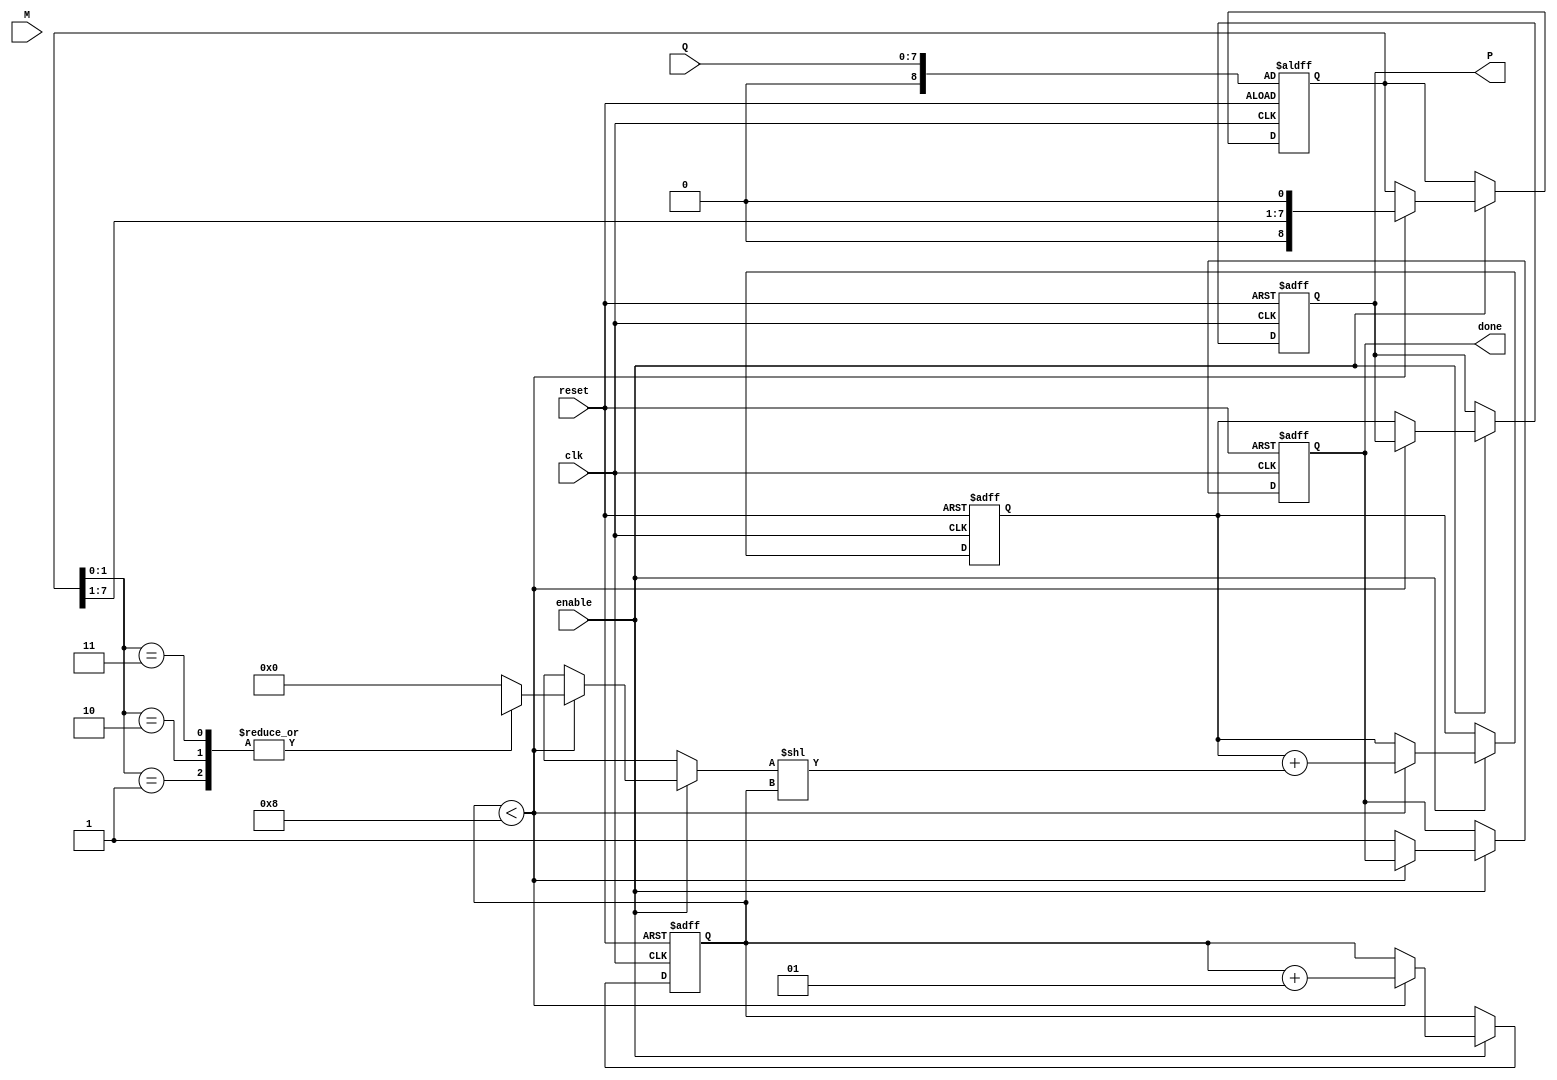
module modified_booth_multiplier #(
    parameter WIDTH = 8 // Width of the multiplicand and multiplier
)(
    input  wire clk,
    input  wire reset,
    input  wire enable,
    input  wire signed [WIDTH-1:0] M, // Multiplicand
    input  wire signed [WIDTH-1:0] Q, // Multiplier
    output reg signed [2*WIDTH-1:0] P, // Product
    output reg done // Status signal for completion
);

    reg signed [WIDTH-1:0] M_reg;
    reg signed [WIDTH:0] Q_reg; // Q with an extra bit for Booth encoding
    reg signed [2*WIDTH-1:0] partial_product;
    reg [2*WIDTH-1:0] accumulator;
    integer count;

    // Booth encoding logic
    always @(posedge clk or posedge reset) begin
        if (reset) begin
            P <= 0;
            done <= 0;
            partial_product <= 0;
            accumulator <= 0;
            count <= 0;
            Q_reg <= {1'b0, Q}; // Extend Q with an extra bit for Booth encoding
        end else if (enable) begin
            if (count < WIDTH) begin
                case ({Q_reg[1:0]}) // Look at Q[1:0] for Booth encoding
                    3'b001: partial_product = M_reg; // Q[i] = 01
                    3'b010: partial_product = M_reg; // Q[i] = 10
                    3'b011: partial_product = M_reg; // Q[i] = 11
                    3'b100: partial_product = -M_reg; // Q[i] = 10
                    3'b101: partial_product = -M_reg; // Q[i] = 01
                    3'b110: partial_product = -M_reg; // Q[i] = 00
                    default: partial_product = 0; // No operation
                endcase
                
                // Accumulate the partial product
                accumulator = accumulator + (partial_product << count);
                Q_reg = {Q_reg[WIDTH-1:1], 1'b0}; // Shift Q
                count = count + 1;
            end else begin
                P <= accumulator; // Final product
                done <= 1; // Indicate completion
            end
        end
    end

endmodule